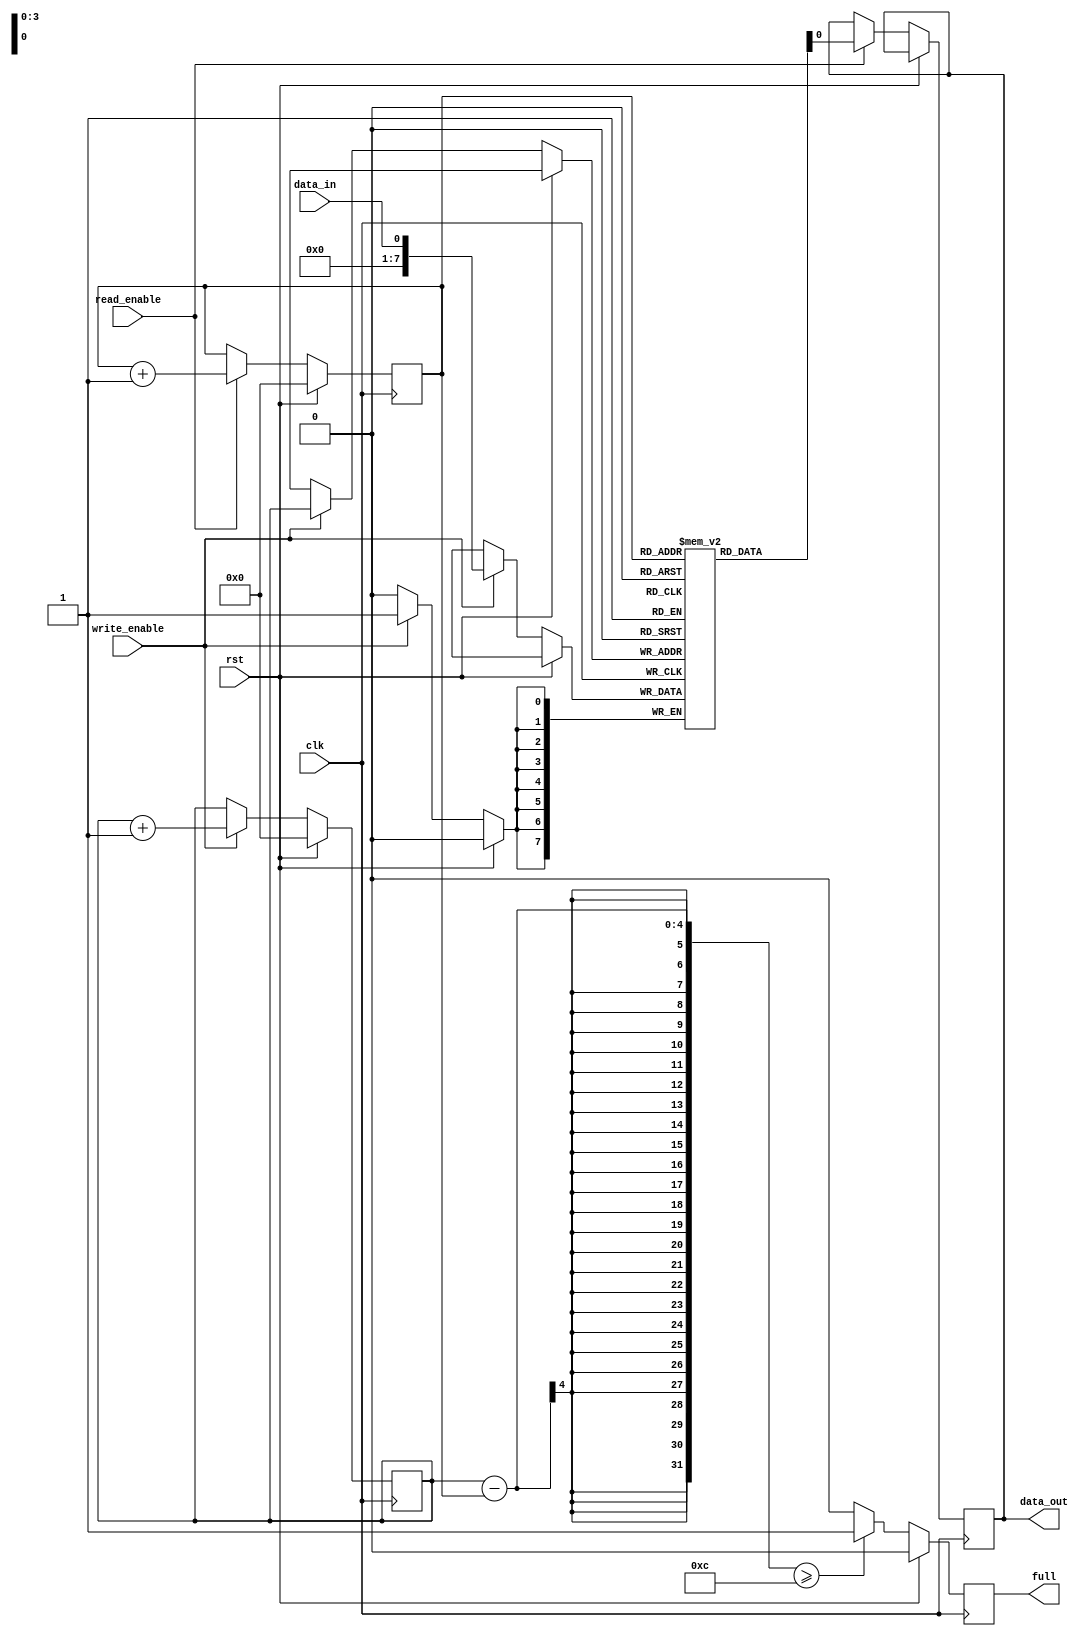
module almost_full_fifo (
    input wire clk,
    input wire rst,
    input wire write_enable,
    input wire read_enable,
    input wire data_in,
    output reg data_out,
    output reg full
);

reg [7:0] buffer [0:15];
reg [3:0] write_ptr = 4'b0000;
reg [3:0] read_ptr = 4'b0000;

always @(posedge clk) begin
    if (rst) begin
        write_ptr <= 4'b0000;
        read_ptr <= 4'b0000;
        full <= 1'b0;
    end else begin
        if (write_enable) begin
            buffer[write_ptr] <= data_in;
            write_ptr <= write_ptr + 1;
        end
        
        if (read_enable) begin
            data_out <= buffer[read_ptr];
            read_ptr <= read_ptr + 1;
        end
        
        if (write_ptr - read_ptr >= 12) begin // Almost-Full trigger
            full <= 1'b1;
        end else begin
            full <= 1'b0;
        end
    end
end

endmodule